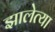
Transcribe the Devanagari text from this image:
झालेत्या